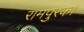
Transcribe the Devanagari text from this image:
रामपुरका